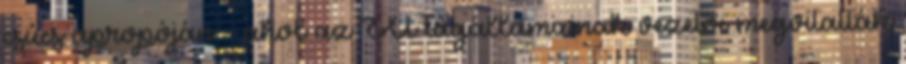
csúcs apropóján - ahol az EU tagállamainak vezetői megvitatták